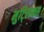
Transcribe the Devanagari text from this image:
मुट्लिक्स